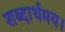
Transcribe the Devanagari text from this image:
शब्दार्थमय।